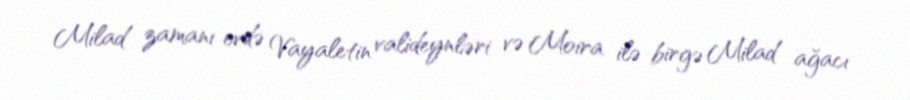
Milad zamanı evdə Vayaletin valideynləri və Moira ilə birgə Milad ağacı